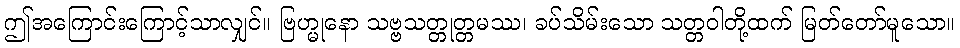
ဤအကြောင်းကြောင့်သာလျှင်။ ဗြဟ္မုနော သဗ္ဗသတ္တုတ္တမဿ၊ ခပ်သိမ်းသော သတ္တဝါတို့ထက် မြတ်တော်မူသော။